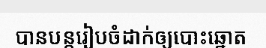
បានបន្តរៀបចំដាក់ឲ្យបោះឆ្នោត